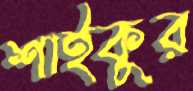
শাইকুর